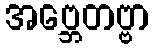
အဗ္ဘေတဗ္ဗာ